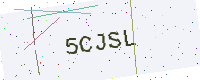
Text: 5CJSL